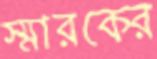
স্মারকের